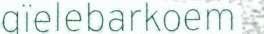
gïelebarkoem